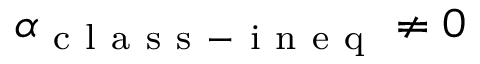
\alpha _ { \mathrm { ~ c ~ l ~ a ~ s ~ s ~ - ~ i ~ n ~ e ~ q ~ } } \neq 0